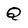
Character: Q